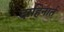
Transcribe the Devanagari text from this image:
दाहिनार्त